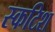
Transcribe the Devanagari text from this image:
स्कटिश